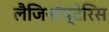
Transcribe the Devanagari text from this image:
लैजिनॉप्टेरिस